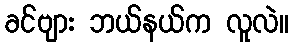
ခင်ဗျား ဘယ်နယ်က လူလဲ။